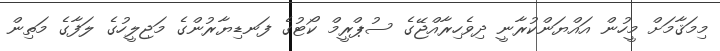
މިމަޤާމަށް މީހުން އައްޔަންކުރާނީ ދިވެހިރާއްޖޭގެ ސުޕްރީމް ކޯޓުގެ ފަނޑިޔާރުންގެ މަޖިލީހުގެ ލަފާގެ މަތިން